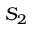
S _ { 2 }